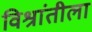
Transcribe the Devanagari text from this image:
विश्रांतीला